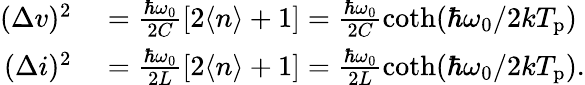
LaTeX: \begin{array}{rl}{(\Delta v)^{2}}&{{}=\frac{\hbar\omega_{0}}{2C}\left[2\langle n\rangle+1\right]=\frac{\hbar\omega_{0}}{2C}\coth(\hbar\omega_{0}/2kT_{\mathrm{p}})}\\ {(\Delta i)^{2}}&{{}=\frac{\hbar\omega_{0}}{2L}\left[2\langle n\rangle+1\right]=\frac{\hbar\omega_{0}}{2L}\coth(\hbar\omega_{0}/2kT_{\mathrm{p}}).}\end{array}